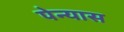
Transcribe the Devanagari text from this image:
पेन्यास